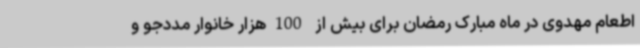
اطعام مهدوی در ماه مبارک رمضان برای بیش از 100هزار خانوار مددجو و